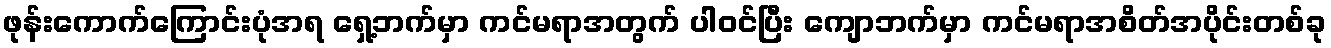
ဖုန်းကောက်ကြောင်းပုံအရ ရှေ့ဘက်မှာ ကင်မရာအတွက် ပါဝင်ပြီး ကျောဘက်မှာ ကင်မရာအစိတ်အပိုင်းတစ်ခု